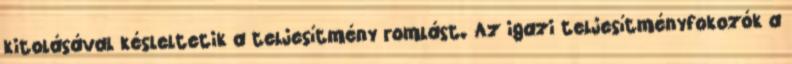
kitolásával késleltetik a teljesítmény romlást. Az igazi teljesítményfokozók a